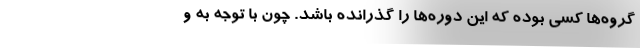
گروه‌ها کسی بوده که این دوره‌ها را گذرانده باشد. چون با توجه به و